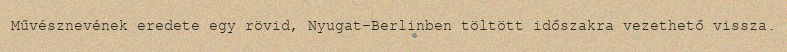
Művésznevének eredete egy rövid, Nyugat-Berlinben töltött időszakra vezethető vissza.